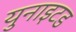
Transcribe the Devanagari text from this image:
युनाइटड